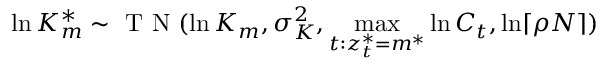
\ln K _ { m } ^ { * } \sim \mathrm { ~ T ~ N ~ } ( \ln K _ { m } , \sigma _ { K } ^ { 2 } , \underset { t : z _ { t } ^ { * } = m ^ { * } } { \operatorname* { m a x } } \ln C _ { t } , \ln \lceil \rho N \rceil )